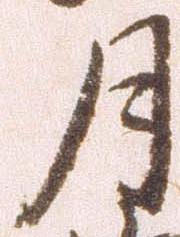
月